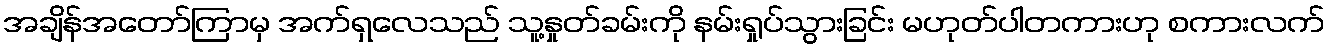
အချိန်အတော်ကြာမှ အက်ရှလေသည် သူ့နှုတ်ခမ်းကို နမ်းရှုပ်သွားခြင်း မဟုတ်ပါတကားဟု စကားလက်